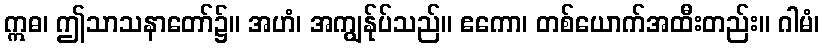
ဣဓ၊ ဤသာသနာတော်၌။ အဟံ၊ အကျွန်ုပ်သည်။ ဧကော၊ တစ်ယောက်အထီးတည်း။ ဂါမံ၊